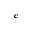
_ \mathrm { c }